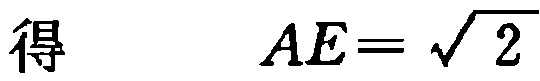
得 \(AE = \sqrt{2}\)